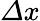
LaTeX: \mathit{\Delta}x